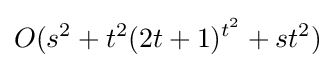
O(s^{2}+t^{2}(2t+1)^{t^{2}}+st^{2})